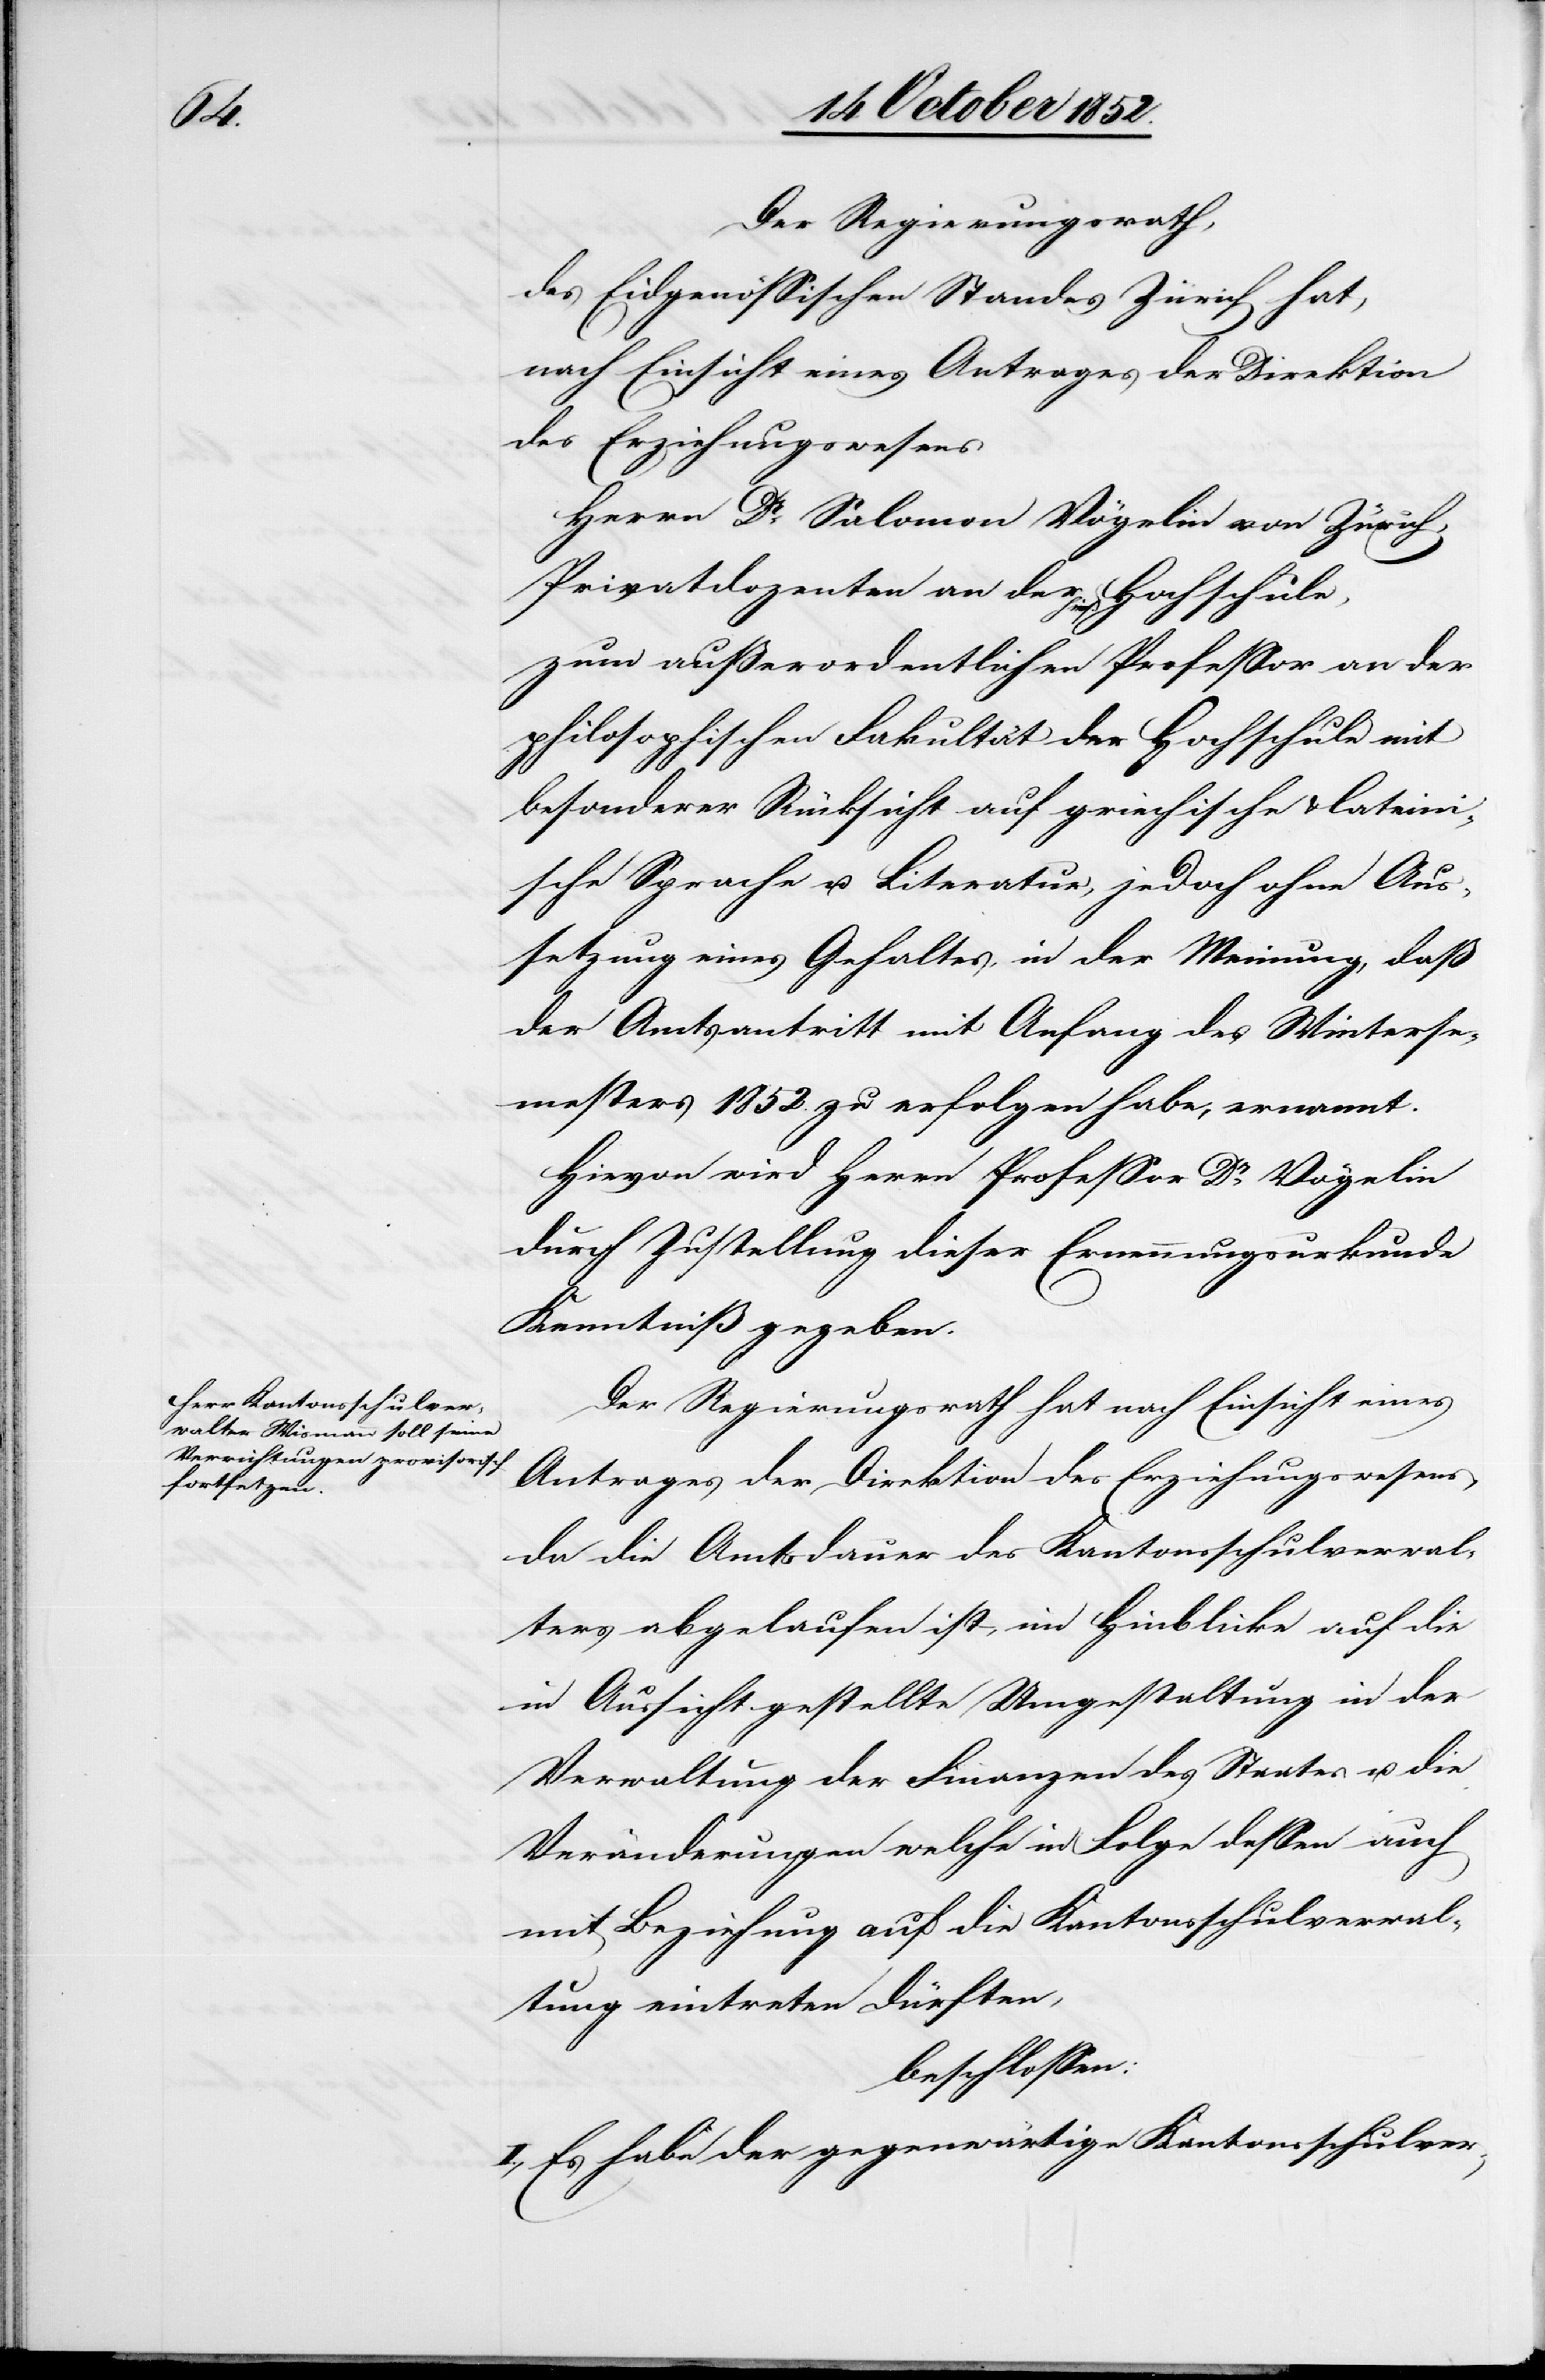
Der Regierungsrath,
des Eidgenössischen Standes Zürich hat,
nach Einsicht eines Antrages der Direktion
des Erziehungswesens
Herrn Dr. Salomon Vögelin von Zürich,
Privatdozenten an der hies. Hochschule,
zum außerordentlichen Professor an der
philosophischen Fakultät der Hochschule mit
besonderer Rücksicht auf griechische & lateini¬
sche Sprache u. Literatur, jedoch ohne Aus¬
setzung eines Gehaltes, in der Meinung, daß
der Amtsantritt mit Anfang des Winterse¬
mesters 1852. zu erfolgen habe, ernannt.
Hievon wird Herrn Professor Dr. Vögelin
durch Zustellung dieser Ernennungsurkunde
Kenntniß gegeben.
Der Regierungsrath hat nach Einsicht eines
Antrages der Direktion des Erziehungswesens,
da die Amtsdauer des Kantonsschulverwal¬
ters abgelaufen ist, im Hinblicke auf die
in Aussicht gestellte Umgestaltung in der
Verwaltung der Finanzen des Staates u. die
Veränderungen welche in Folge dessen auch
mit Beziehung auf die Kantonsschulverwal¬
tung eintreten dürften,
beschlossen:
I., Es habe der gegenwärtige Kantonsschulver-